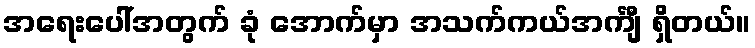
အရေးပေါ်အတွက် ခုံ အောက်မှာ အသက်ကယ်အင်္ကျီ ရှိတယ်။